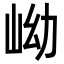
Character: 岰